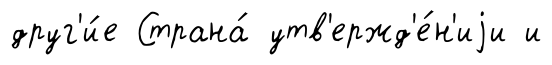
друг'и́е Страна́ утв'ержд'е́н'иjи и